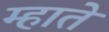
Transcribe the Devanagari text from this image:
म्हाते